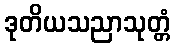
ဒုတိယသညာသုတ္တံ